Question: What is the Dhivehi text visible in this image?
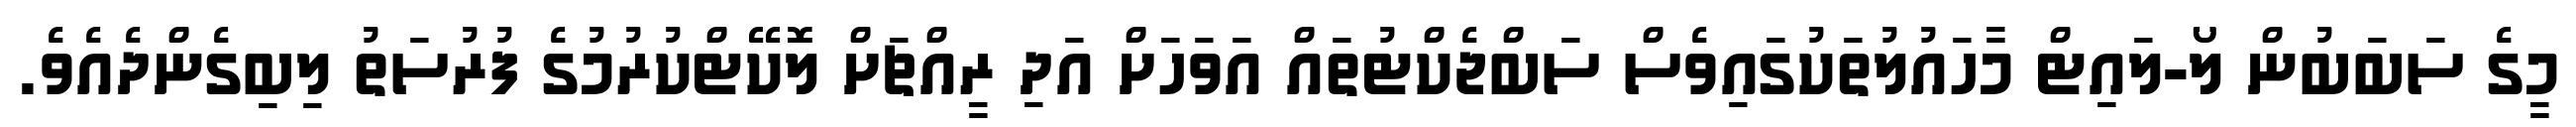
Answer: މީގެ ސަބަބުން ލޯ-ލައިޓް މާހައުލުތަކުގައިވެސް ސަބްޖެކްޓުތައް އަވަހަށް އަދި ރީއްޗަށް ލޮކޭޓްކުރުމުގެ ފުރުސަތު ލިބިގެންދެއެވެ.